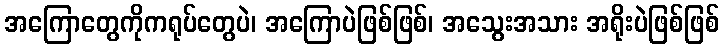
အကြောတွေကိုကရုပ်တွေပဲ၊ အကြောပဲဖြစ်ဖြစ်၊ အသွေးအသား အရိုးပဲဖြစ်ဖြစ်